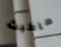
ماكبث